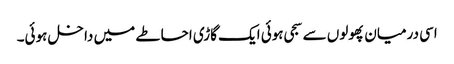
اسی درمیان پھولوں سے سجی ہوئی ایک گاڑی احاطے میں داخل ہوئی۔